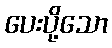
ပေးပို့သော